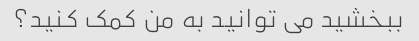
ببخشید می توانید به من کمک کنید؟